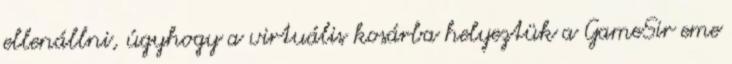
ellenállni, úgyhogy a virtuális kosárba helyeztük a GameSir eme